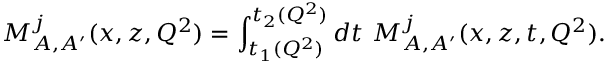
M _ { A , A ^ { \prime } } ^ { j } ( x , z , Q ^ { 2 } ) = \int _ { t _ { 1 } ( Q ^ { 2 } ) } ^ { t _ { 2 } ( Q ^ { 2 } ) } d t ~ { \cal M } _ { A , A ^ { \prime } } ^ { j } ( x , z , t , Q ^ { 2 } ) .